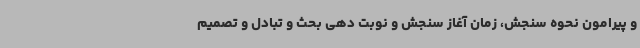
و پیرامون نحوه سنجش، زمان آغاز سنجش و نوبت دهی بحث و تبادل و تصمیم